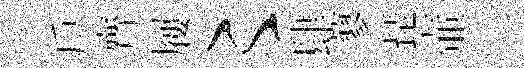
戶齊屨〻肆蓼琵壷